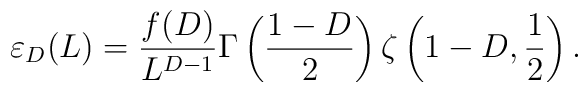
\varepsilon_{D}(L)=\frac{f(D)}{L^{D-1}}\Gamma\left(\frac{1-D}{2}\right) \zeta\left(1-D,\frac1{2}\right).